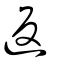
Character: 返